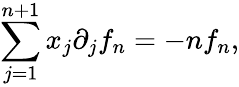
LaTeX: \sum_{j=1}^{n+1}x_{j}\partial_{j}f_{n}=-nf_{n},